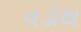
વડોથ